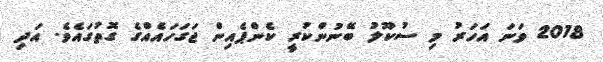
2018 ވަނަ އަހަރު މި ސުކޫލު ބޭނުންކުރީ ކެންޕެއިން ޖަގަހައެއްގެ ގޮތުގައެވެ. އަދި